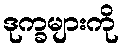
ဒုက္ခများကို